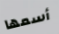
أسمها